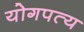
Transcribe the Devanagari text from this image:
योगपत्य